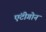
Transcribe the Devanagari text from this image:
एंटीगोन